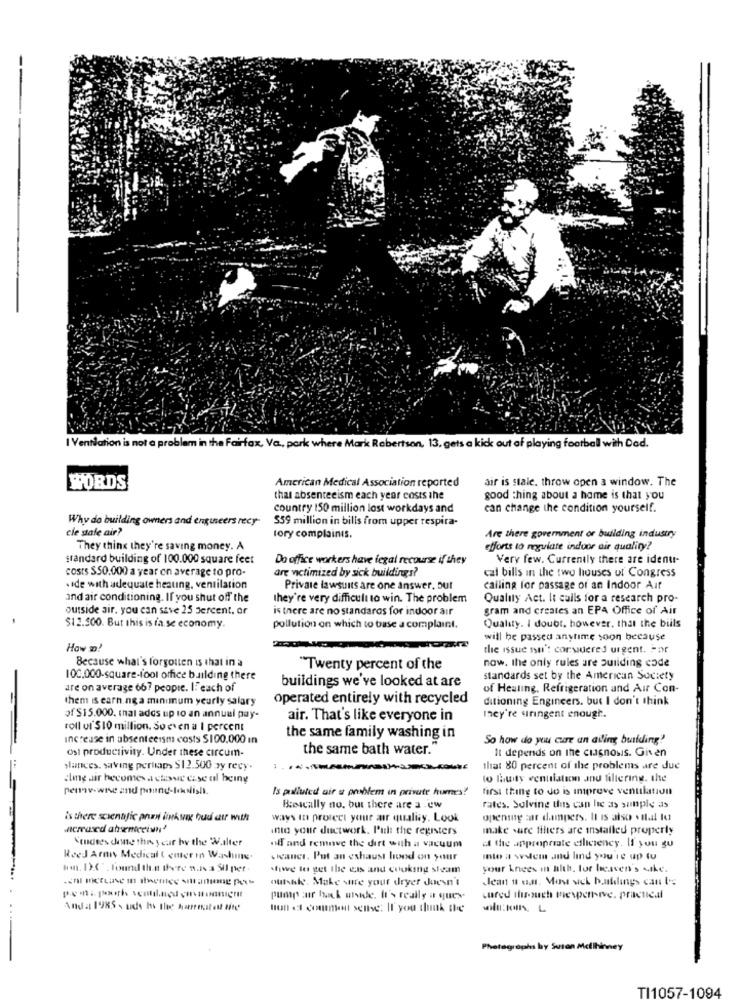
I Ventiation is not a problem in the Fairfax. Va ., pork where Mark Robertson, 13, gets a kick out of playing football with Dod.
American Medical Association reported
air is stale. throw open a window. The
WORDS
that absenteeism each year costs the
good thing about a home is that you
country 150 million lost workdays and
can change the condition yourself.
Why do building owners and engineers recy-
559 million in bills from upper respira-
cle safe air?
tory complaints.
Are there government or building industry
They think they're saving money. A
efforts to regulate indoor air quality?
standard building of 100.000 square feet
Do office workers have legal recourse if they
Very few. Currently there are idenu-
costs $50.000 a year on average to pro-
are victimized by sick buildings?
cal bills in the two houses of Congress
.ide with adequate heating, ventilation
Private lawsuits are one answer, but
calling for passage of an Indoor Auf
and air conditioning. If you shut off the
they're very difficult to win. The problem
Quality Act. It calls for a research pro-
outside air. you can save 25 Jercent, or
is there are no standaros for indoor air
gram and creates an EPA Office of Air
$12.300. But this is ia se economy
pollution on which to base a complaint.
Quality. I doubt. however, that the bills
will be passed anytime soon because
How D!
the issue in': corwuered urgent. For
Because what's forgotten is that in a
"Twenty percent of the
now. the only rules are building code
100,000-square-foot office building there
buildings we've looked at are
standards set by the American Society
are on average 667 people. IFeach of
of Healing, Refrigeration and Air Con-
them is earn.ng a minimum yeurly salary
operated entirely with recycled
ditioning Engineers. but I don't think
of $15.000. that adds up to an annual pay-
air. That's like everyone in
they're sringent enough.
roll of'S10 million. So even a I percent
Increase in absenteeism costs $100.000 ın
the same family washing in
So how do you cure an ailing building'
Ost productivity. Under these circum-
the same bath water."
It depends on the ciagnosis. Given
,lances. saving pertaps $12.500 y recy.
that 80 percent of the problems are due
cling air becomes a chave czse al being
to fauity ventilation and filtering, the
pennywise and pound-lakoslish.
Is polluted air a problem in private humes?
first thing to do is improve ventilation
Bescally no, but there are a .ew
rates. Solving this can he as sunple as
is there scienafic pruni link weg bud azt with
ways in protect your air quality. Look
opening :ar dampers. It is also . tal to
into your ductwork. Pul the registers
make sure filters are installed properly
Smoses done this year by the Walter
off and remove the dirt with a vacuum
the appropriate elliciency. If you gu
Reed Armi Medical ( enter in Washing-
wieaner. Put an exhaust hond on your
Into a westem and lind you re up tu
tom. D.C" found then there wasa Sil pet-
Miwe to get the es and cooking steam
your knees in hlth, for heaven's wike.
outshle. Make sure your dryer doesn't
Jean ut on. Mos sich bankdings can't's
pump :ar back onside. It's really a ques
cured through miexpensive, practical
And a 1985 - uds hv the harrestent tite
uun di comment selhe: If you think the
...
Photographs by Susan Mellhinney
TI1057-1094